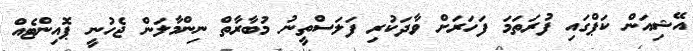
އޭޝިއަން ކަޕްގައި ފުރަތަމަ ފަހަރަށް ވާދަކުރި ފަލަސްތީނު މުބާރާތް ނިންމާލަން ޖެހުނީ ޕޮއިންޓެއް